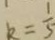
k = \frac { 1 } { 5 }